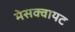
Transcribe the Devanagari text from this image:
मेसक्वायट